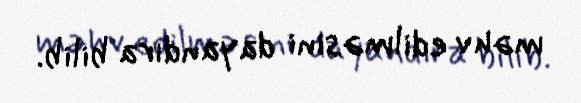
məhv edilməsini dayandıra bilib.